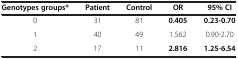
| Genotypes groups* | Patient | Control | OR | 95% CI |
 | --- | --- | --- | --- | --- |
 | 0 | 31 | 81 | 0.405 | 0.23-0.70 |
 | 1 | 40 | 49 | 1.562 | 0.90-2.70 |
 | 2 | 17 | 11 | 2.816 | 1.25-6.54 |